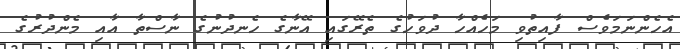
އެހެންނަމަވެސް ފާއިތުވި މަހެއްހާ ދުވަހުގެ ތެރޭގައި އޭނާގެ ހެނދުނުގެ ނާސްތާ އާއި މެންދުރުގެ